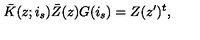
\bar { K } ( z ; i _ { s } ) \bar { Z } ( z ) G ( i _ { s } ) = Z ( z ^ { \prime } ) ^ { t } ,